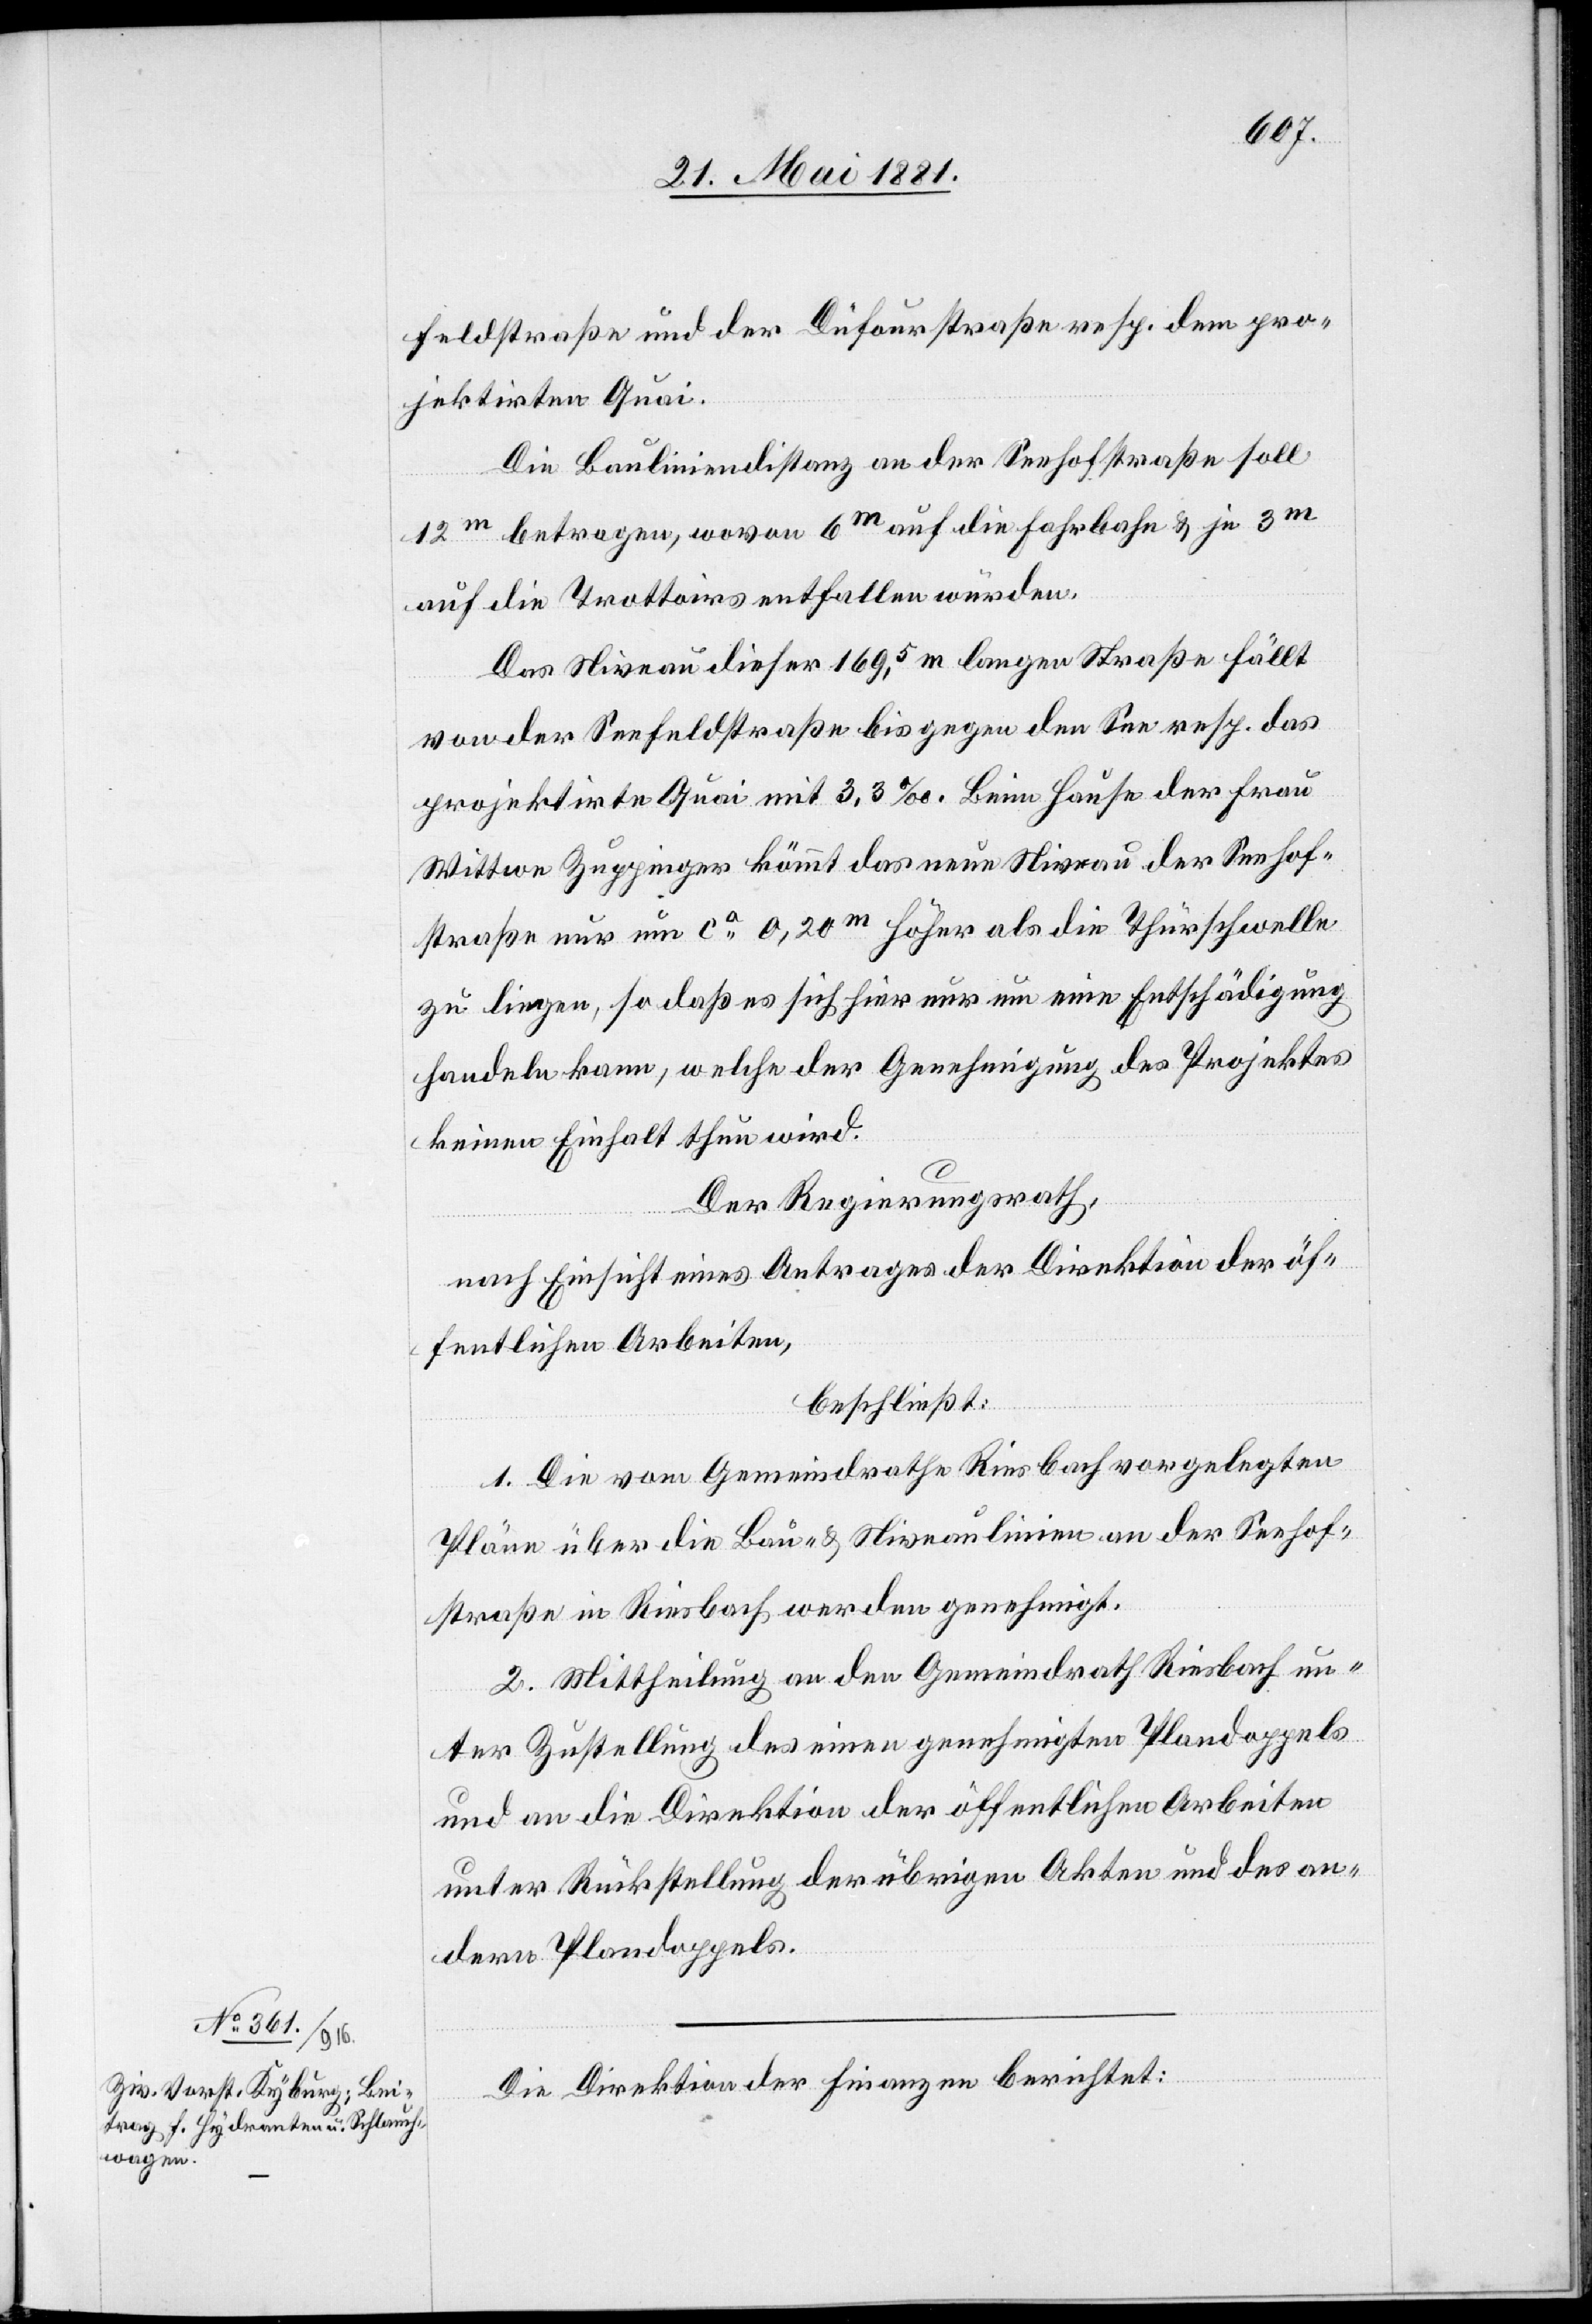
feldstraße und der Dufourstraße resp. dem pro¬
jektirten Quai.
Die Bauliniendistanz an der Seehofstraße soll
12m betragen, wovon 6m auf die Fahrbahn & je 3m
auf die Trottoirs entfallen würden.
Das Niveau dieser 169,5 m langen Straße fällt
von der Seefeldstraße bis gegen den See resp. das
projektirte Quai mit 3,3‰. Beim Hause der Frau
Wittwe Zuppinger kömmt das neue Niveau der Seehof¬
straße nur um ca 0,20m höher als die Thürschwelle
zu liegen, so daß es sich hier nur um eine Entschädigung
handeln kann, welche der Genehmigung des Projektes
keinen Einhalt thun wird.
Der Regierungsrath,
nach Einsicht eines Antrages der Direktion der öf¬
fentlichen Arbeiten,
beschließt:
1. Die vom Gemeindrath Riesbach vorgelegten
Pläne über die Bau- & Niveaulinien an der Seehof¬
straße in Riesbach werden genehmigt.
2. Mittheilung an den Gemeindrath Riesbach un¬
ter Zustellung des einen genehmigten Plandoppels
und an die Direktion der öffentlichen Arbeiten
unter Rückstellung der übrigen Akten und des an¬
dern Plandoppels.
Die Direktion der Finanzen berichtet: